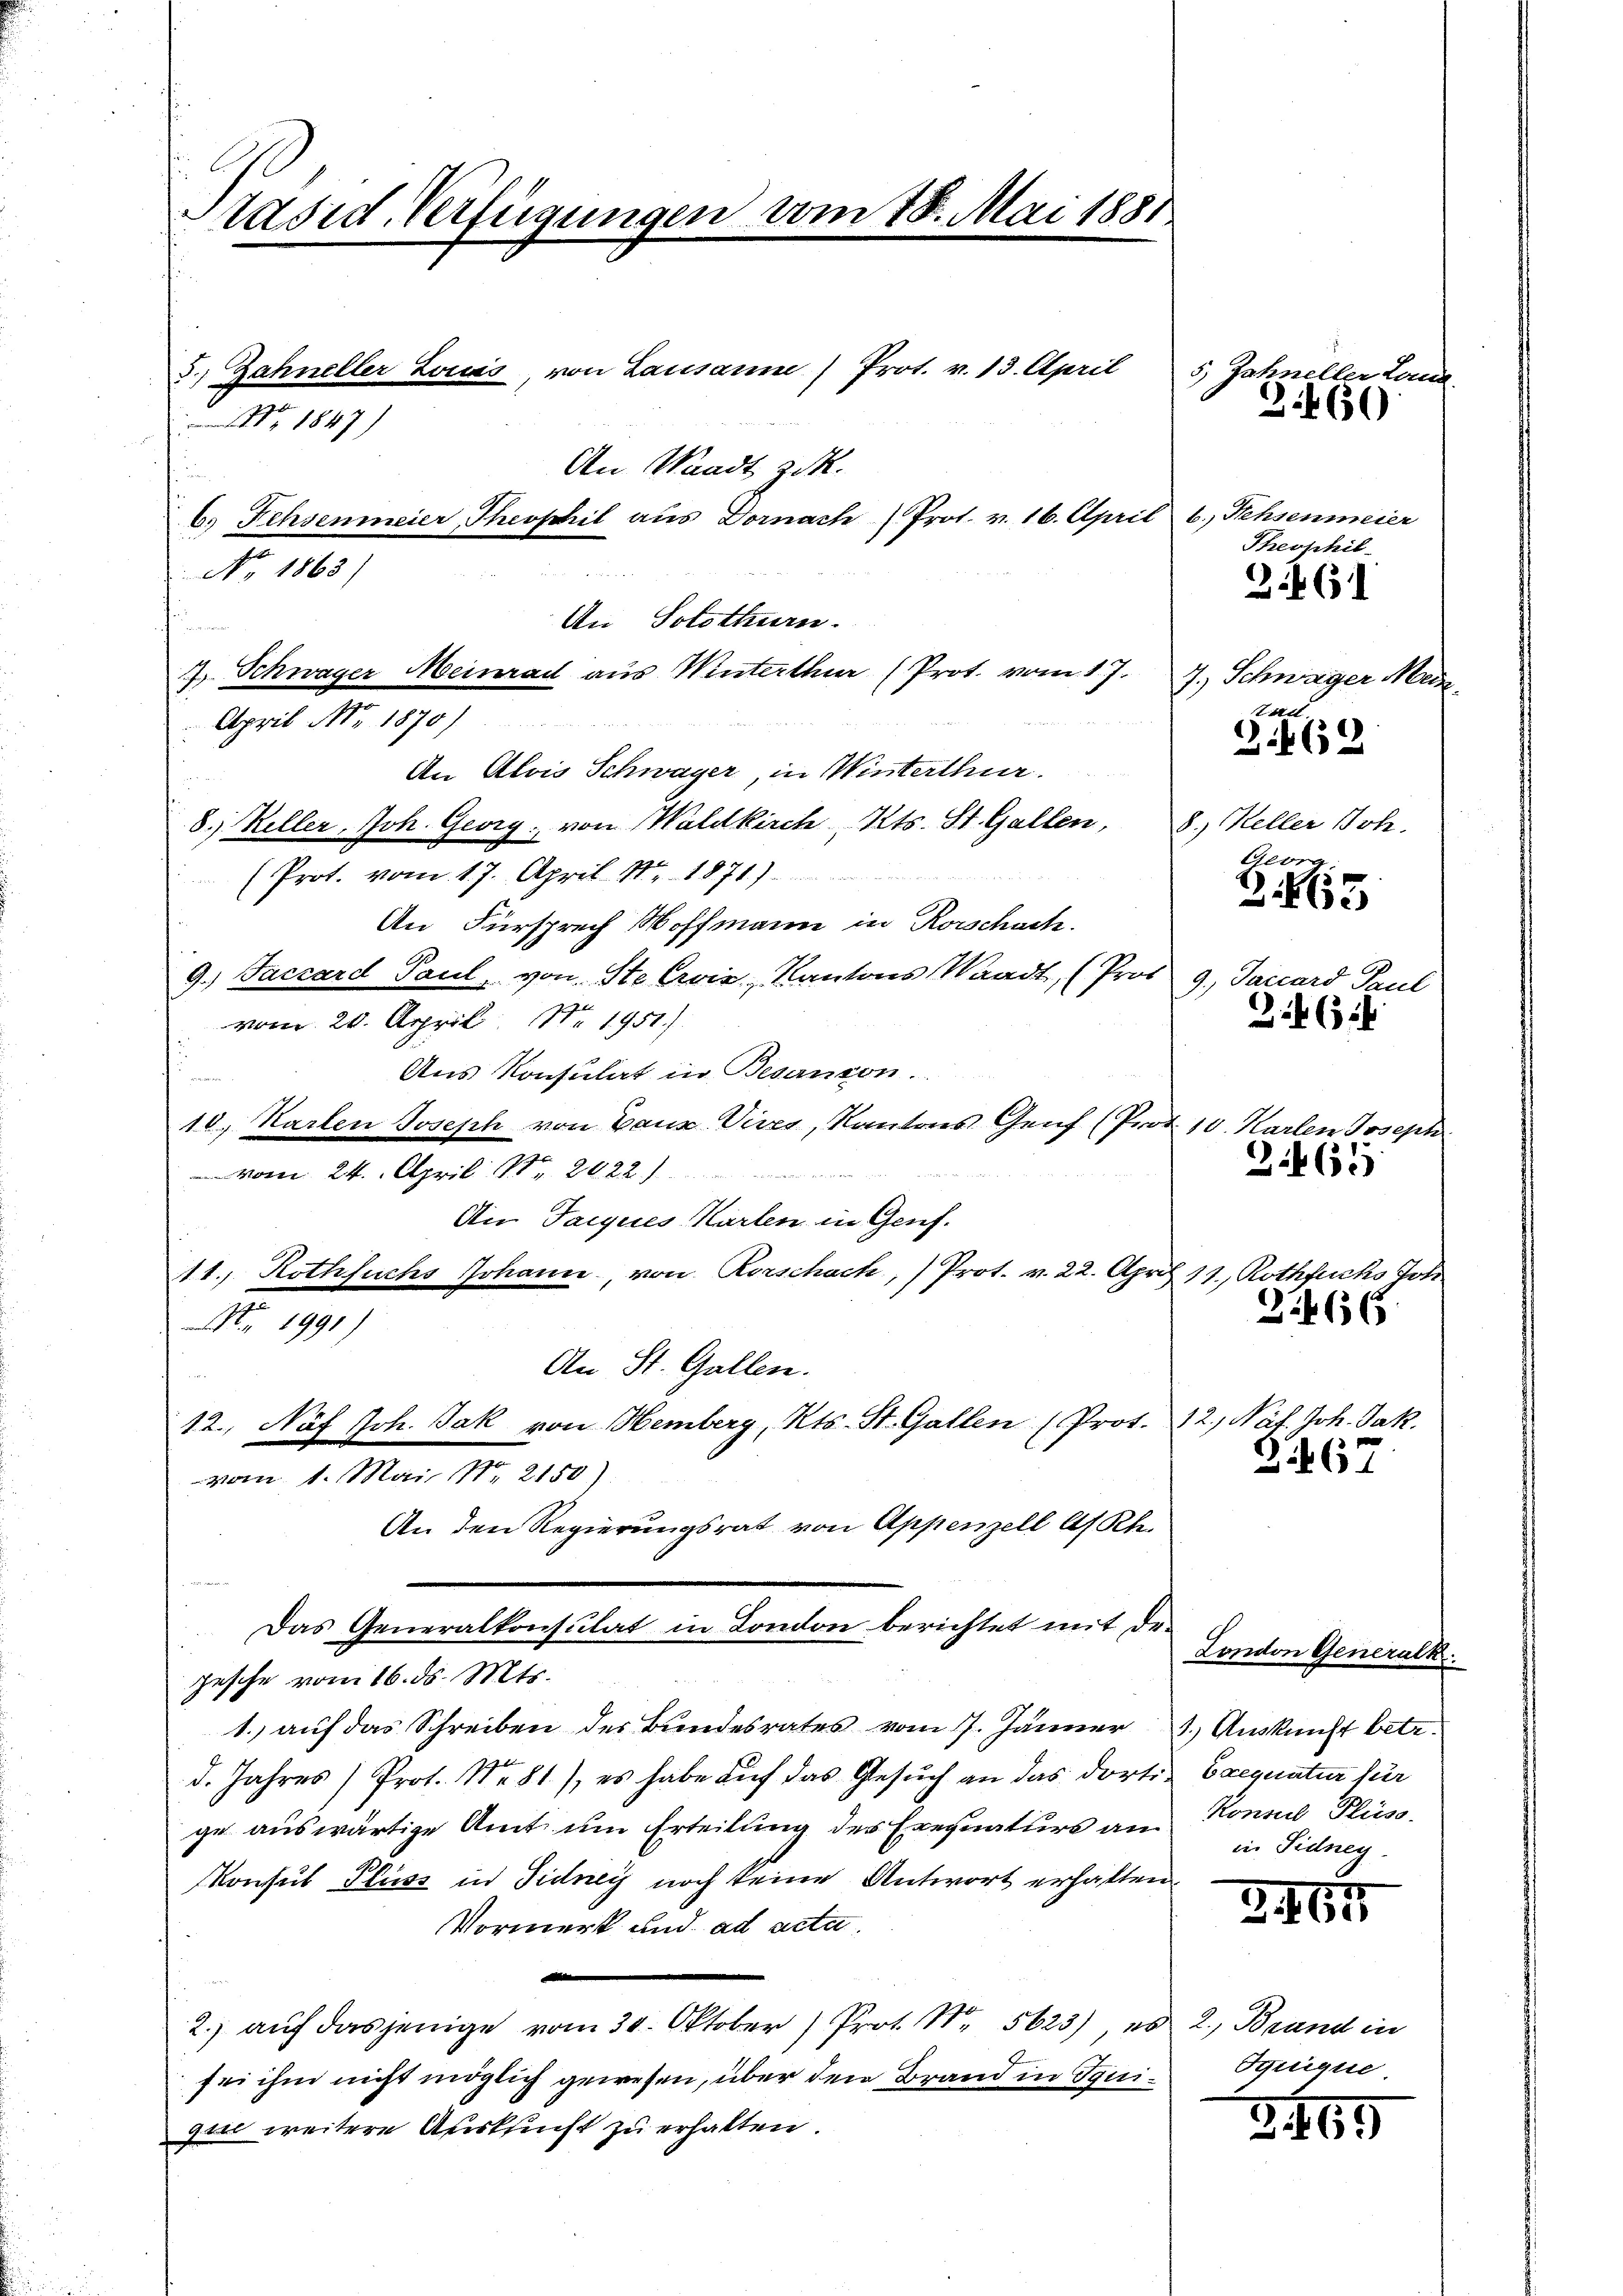
Präsid. Verfügungen vom 18. Mai 1881

.

3) Zahneller Louis von Lausaum) Prot. v. 13. April
 1847)
An Waadt zuk
b. Fehsenmeier, Theophil aus Dornach (Prot. v. 16. April 6. Nehsenmeier
No. 1863)
An Solothurn.
J. Schwager Meinrad aus Winterthur (Prot. vom 17. J. Schwager Meis
April Nr. 1870)
An Alois Schwager, in Winterthur.
8. Keller, Joh. Georg von Waldkirch, Kts. St. Gallen, 8.) Keller Joh.
(Prot. vom 17. April. Nr. 1871)
An Fürsprech Hoffmann in Rorschach.
9.) Jaccard Paul, von Ste Crvie, Kantons Waadt, (Prof 9. Jaccard Paul
vom 20. April 18. 1951.
Aus Konsulat in Besanon.
u
10. Karten Joseph von Baur Vices, Kantons Genf (Prot. 10. Karlen Joseph
vom 24. April Nr. 2922)
An Tacques Karten in Genf.
11. Rothfuchs Johann von Rorschach,) Prot. v. 22. April 18., Rothfuchs Joh
1991)
An St. Gallen.
12. Nach Joh. Jak von Hemberg, Kts. St. Gallen (Prot.

vom 1. Mai Nr. 2150)
An den Regierungsrat von Appenzell A/Rh.
Das Generalkonsulat in London berichtet mit de-
pesche vom 16. ds. Mts.
1. auf das Schreiben des Bundesrates vom 7. Jänner 1. Auskunft betr.
d. Jahres Prot. Nr. 81), es habe aŭf das Gesŭch an das dorti-
ge auswärtige Amt um Erteilung des Exequaturs am
Konsul Pluss in Fidney noch keine Antwort erhalten,
Vormerk und ad acta.
.
2.) auf dasjenige vom 30. Oktober) Prot. Nr. 5623), es 2. Brand in
sei ihm nicht möglich gewesen, über den Brand in Iquiquie weitere Auskunft zu erhalten.

5) Zahneller Lon
3.60

3.461

2.462

Theophil

tad.
Ezierg
265

2. 631

3.465

London Generalk
Exequatur für
Konseil Pliess.
in Sidneg

2.466

2., Nat. Joh. Jak.
2.467

2464

Syrique

31459